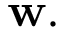
{ \bf w } .